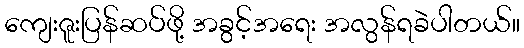
ကျေးဇူးပြန်ဆပ်ဖို့ အခွင့်အရေး အလွန်ရခဲပါတယ်။